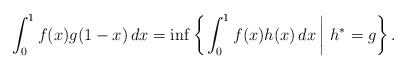
LaTeX: \begin{align*}\int^1_0 f(x) g(1-x) \, dx = \inf\left\{ \left. \int^1_0 f(x) h(x)\, dx \, \right| \, h^* = g \right\}.\end{align*}